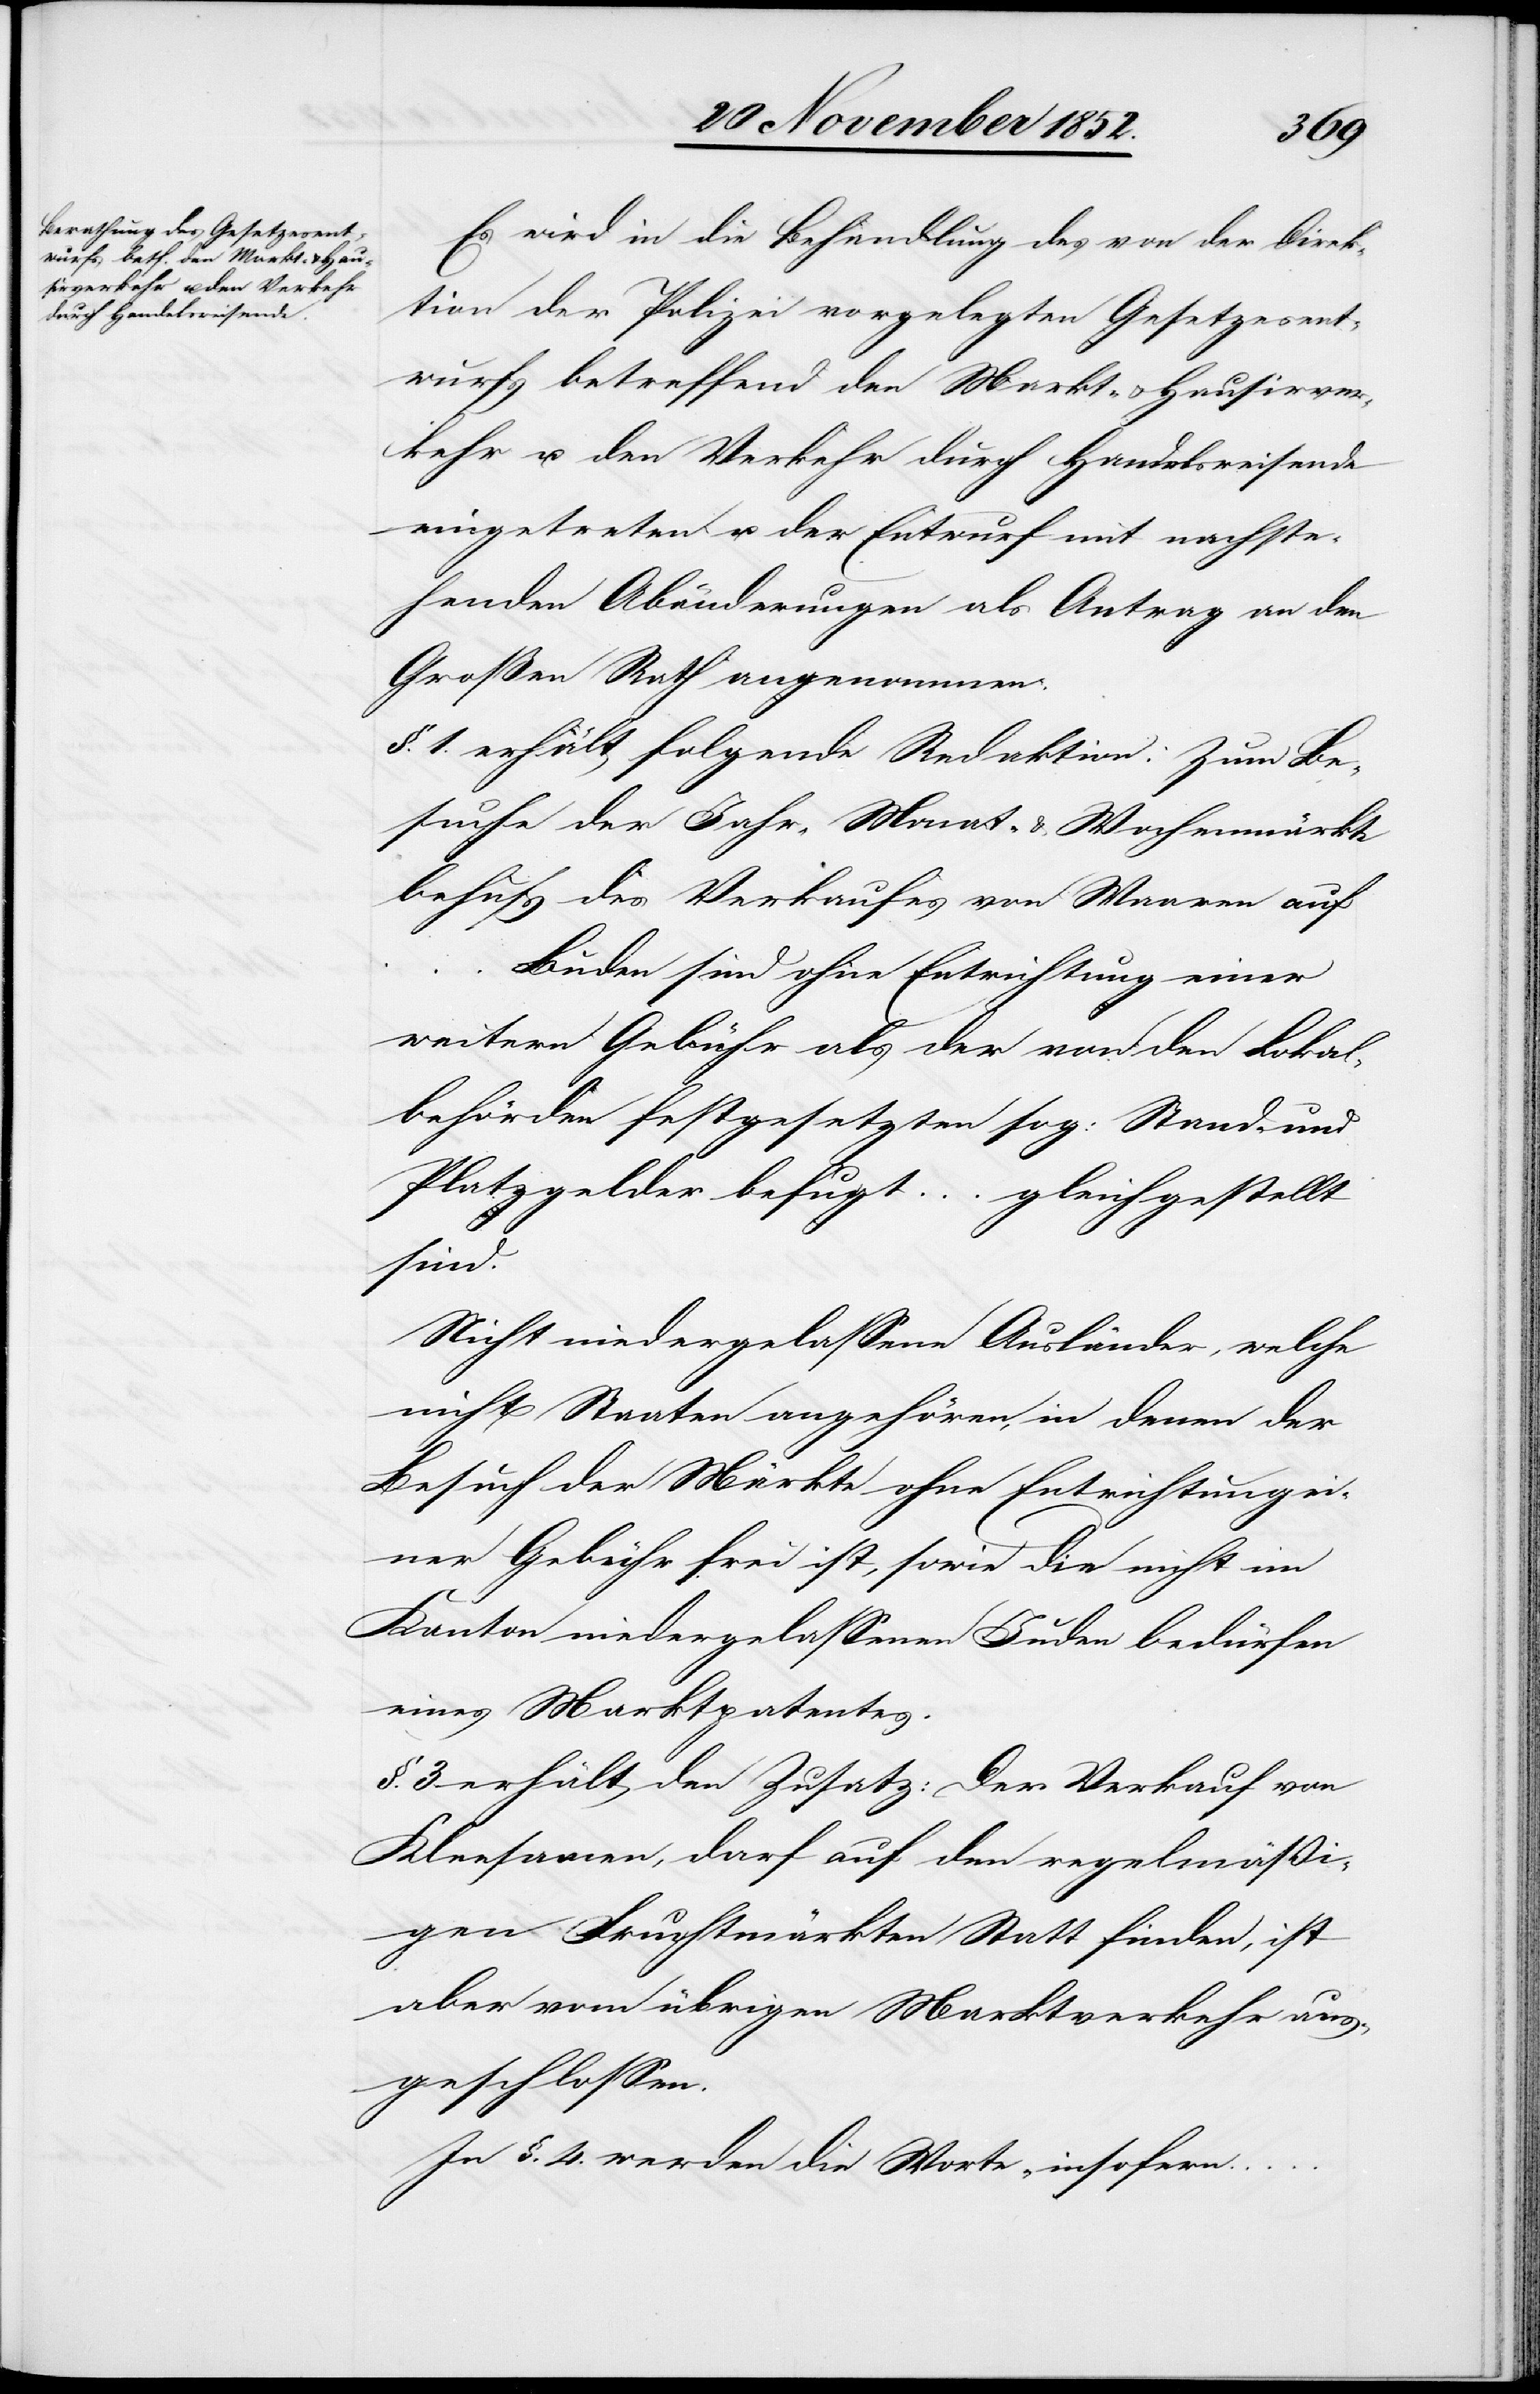
Es wird in die Behandlung des von der Direk¬
tion der Polizei vorgelegten Gesetzesent¬
wurfs betreffend den Markt- & Hausirver¬
kehr u. den Verkehr durch Handelsreisende
eingetreten u. der Entwurf mit nachste¬
henden Abänderungen als Antrag an den
Großen Rath angenommen:
§. 1. erhält folgende Redaktion: Zum Be¬
suche der Jahr-[,] Monat- & Wochenmärkte
behufs des Verkaufes von Waaren auf …
Buden sind ohne Entrichtung einer
weitern Gebühr als der von den Lokal¬
behörden festgesetzten sog: Stand- und
Platzgelder befugt … gleichgestellt
sind.
Nicht niedergelassene Ausländer, welche
nicht Staaten angehören, in denen der
Besuch der Märkte ohne Entrichtung ei¬
ner Gebühr frei ist, sowie die nicht im
Kanton niedergelassenen Juden bedürfen
eines Marktpatentes.
§. 3 erhält den Zusatz: Der Verkauf von
Kleesamen, darf auf den regelmäßi¬
gen Fruchtmärkten Statt finden, ist
aber vom übrigen Marktverkehr aus¬
geschlossen.
In §. 4. werden die Worte „insofern …